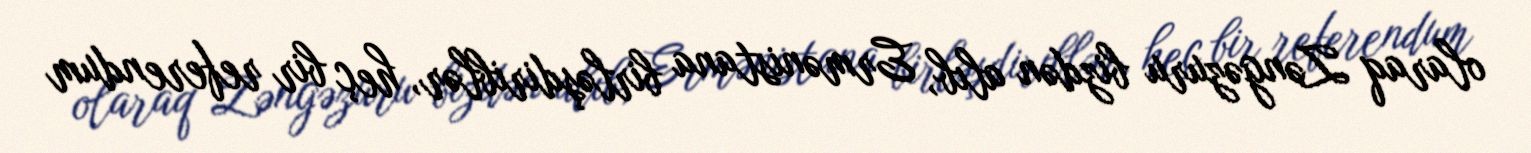
olaraq Zəngəzuru bizdən alıb, Ermənistana birləşdiriblər, heç bir referendum